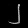
Digit: ၂